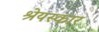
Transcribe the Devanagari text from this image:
श्रेयस्कार